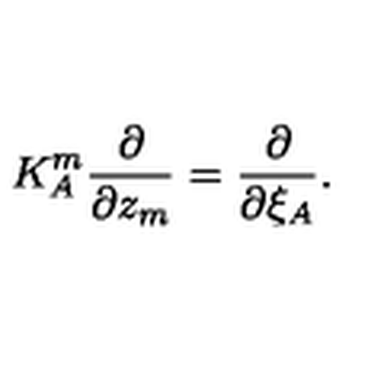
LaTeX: K _ { A } ^ { m } \frac { \partial } { \partial z _ { m } } = \frac { \partial } { \partial \xi _ { A } } .